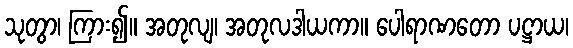
သုတွာ၊ ကြား၍။ အတုလျ၊ အတုလဒါယကာ။ ပေါရာဏတော ပဋ္ဌာယ၊